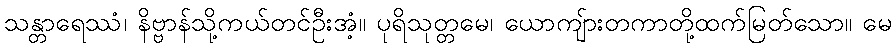
သန္တာရေဿံ၊ နိဗ္ဗာန်သို့ကယ်တင်ဦးအံ့။ ပုရိသုတ္တမေ၊ ယောကျ်ားတကာတို့ထက်မြတ်သော။ မေ